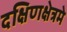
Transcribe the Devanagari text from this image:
दक्षिणक्षेत्रमे